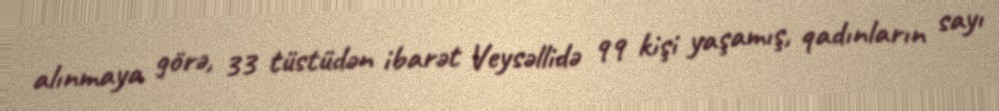
alınmaya görə, 33 tüstüdən ibarət Veysəllidə 99 kişi yaşamış, qadınların sayı